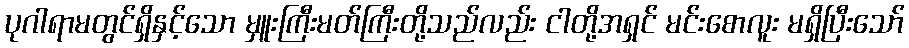
ပုဂါရာမတွင်ရှိနှင့်သော မှူးကြီးမတ်ကြီးတို့သည်လည်း ငါတို့အရှင် မင်းစောလူး မရှိပြီးသော်